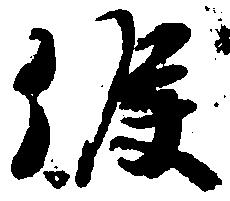
候